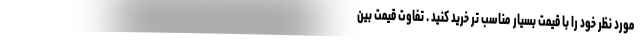
مورد نظر خود را با قیمت بسیار مناسب تر خرید کنید . تفاوت قیمت بین